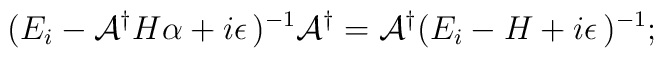
(E_i - {\cal A}^{\dagger}H\alpha+i\epsilon\,)^{-1}{\cal A}^{\dagger}={\cal A}^{\dagger}(E_i - H+i\epsilon\,)^{-1};